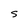
Character: S